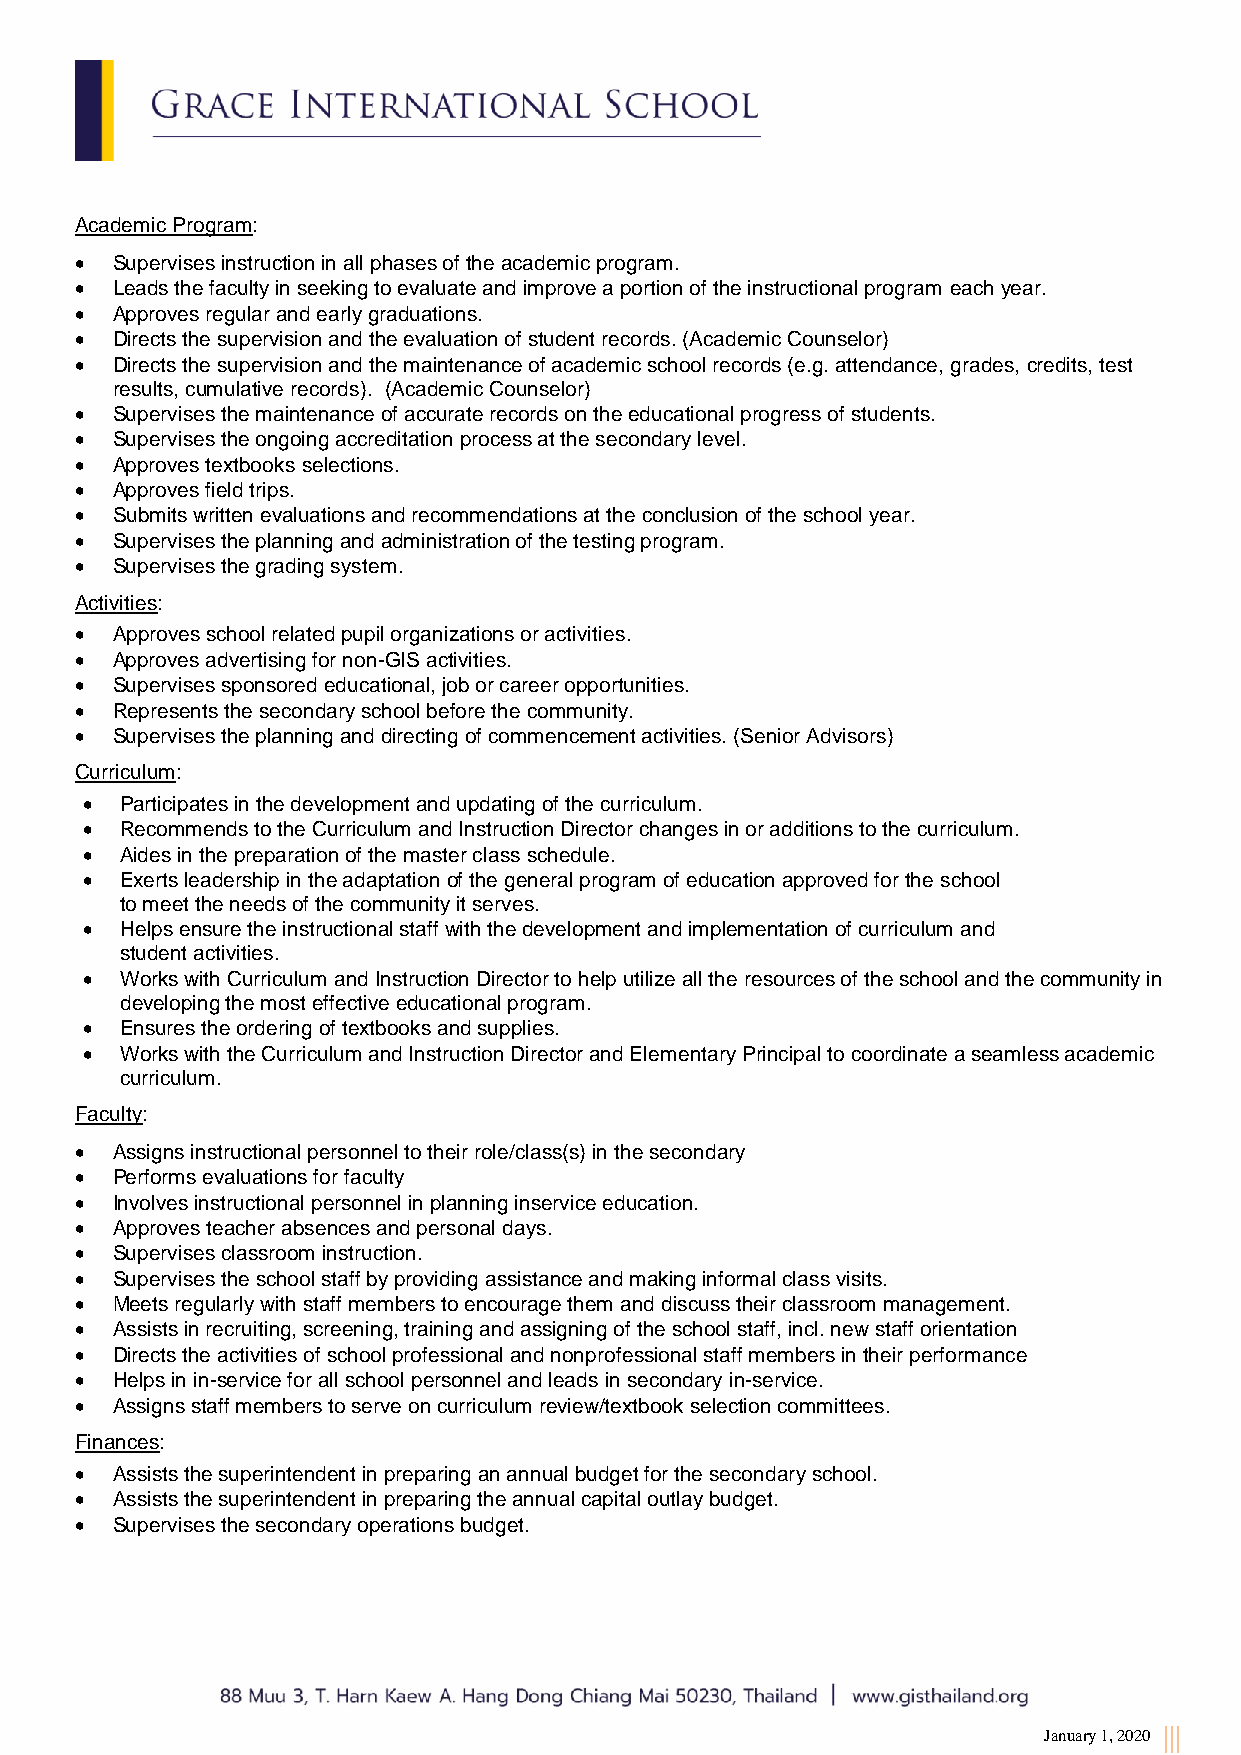
Academic Program:
  Supervises instruction in all phases of the academic program.
  Leads the faculty in seeking to evaluate and improve a portion of the instructional program each year.
  Approves regular and early graduations.
  Directs the supervision and the evaluation of student records. (Academic Counselor)
  Directs the supervision and the maintenance of academic school records (e.g. attendance, grades, credits, test
 results, cumulative records). (Academic Counselor)
  Supervises the maintenance of accurate records on the educational progress of students.
  Supervises the ongoing accreditation process at the secondary level.
  Approves textbooks selections.
  Approves field trips.
  Submits written evaluations and recommendations at the conclusion of the school year.
  Supervises the planning and administration of the testing program.
  Supervises the grading system.
 Activities:
  Approves school related pupil organizations or activities.
  Approves advertising for non-GIS activities.
  Supervises sponsored educational, job or career opportunities.
  Represents the secondary school before the community.
  Supervises the planning and directing of commencement activities. (Senior Advisors)
 Curriculum:
   Participates in the development and updating of the curriculum.
   Recommends to the Curriculum and Instruction Director changes in or additions to the curriculum.
   Aides in the preparation of the master class schedule.
   Exerts leadership in the adaptation of the general program of education approved for the school
 to meet the needs of the community it serves.
   Helps ensure the instructional staff with the development and implementation of curriculum and
 student activities.
   Works with Curriculum and Instruction Director to help utilize all the resources of the school and the community in
 developing the most effective educational program.
   Ensures the ordering of textbooks and supplies.
   Works with the Curriculum and Instruction Director and Elementary Principal to coordinate a seamless academic
 curriculum.
 Faculty:
  Assigns instructional personnel to their role/class(s) in the secondary
  Performs evaluations for faculty
  Involves instructional personnel in planning inservice education.
  Approves teacher absences and personal days.
  Supervises classroom instruction.
  Supervises the school staff by providing assistance and making informal class visits.
  Meets regularly with staff members to encourage them and discuss their classroom management.
  Assists in recruiting, screening, training and assigning of the school staff, incl. new staff orientation
  Directs the activities of school professional and nonprofessional staff members in their performance
  Helps in in-service for all school personnel and leads in secondary in-service.
  Assigns staff members to serve on curriculum review/textbook selection committees.
 Finances:
  Assists the superintendent in preparing an annual budget for the secondary school.
  Assists the superintendent in preparing the annual capital outlay budget.
  Supervises the secondary operations budget.
 January 1, 2020